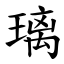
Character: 璃